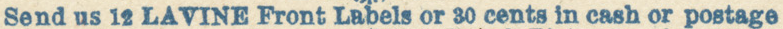
Send us 12 LAVINE Front Labels or 30 cents in cash or postage